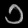
Digit: ၁